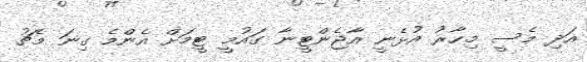
އަދި މެސީ މިހާރު އުޅެނީ އާޖެންޓީނާ ގައުމީ ޓީމަށް އެންމެ ގިނަ މެޗު